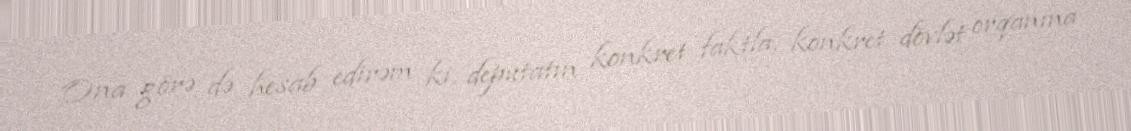
Ona görə də hesab edirəm ki, deputatın konkret faktla, konkret dövlət orqanına